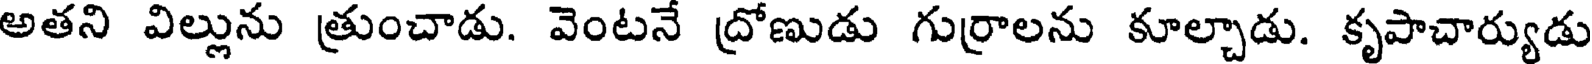
అతని విల్లును త్రుంచాడు. వెంటనే ద్రోణుడు గుర్రాలను కూల్చాడు. కృపాచార్యుడు